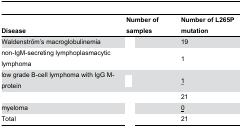
<table><thead><tr><td><b>Disease</b></td><td><b>Number of samples</b></td><td><b>Number of L265P mutation</b></td></tr></thead><tbody><tr><td>Waldenström’s macroglobulinemia</td><td>[EMPTY_CELL]</td><td>19</td></tr><tr><td>non-IgM-secreting lymphoplasmacytic lymphoma</td><td>[EMPTY_CELL]</td><td> 1</td></tr><tr><td>low grade B-cell lymphoma with IgG M-protein</td><td>[EMPTY_CELL]</td><td><underline>1</underline></td></tr><tr><td>[EMPTY_CELL]</td><td>[EMPTY_CELL]</td><td>21</td></tr><tr><td>myeloma</td><td>[EMPTY_CELL]</td><td><underline>0</underline></td></tr><tr><td>Total</td><td>[EMPTY_CELL]</td><td>21</td></tr></tbody></table>